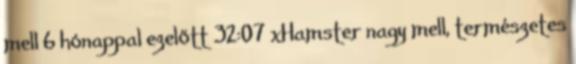
mell 6 hónappal ezelőtt 32:07 xHamster nagy mell, természetes